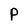
Character: P